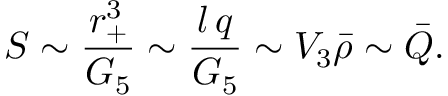
S \sim { \frac { r _ { + } ^ { 3 } } { G _ { 5 } } } \sim { \frac { l \, q } { G _ { 5 } } } \sim V _ { 3 } { \bar { \rho } } \sim { \bar { Q } } .